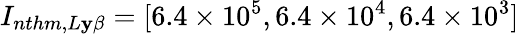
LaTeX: I_{nthm,L\mathbf{y}\beta}=[6.4\times10^{5},6.4\times10^{4},6.4\times10^{3}]